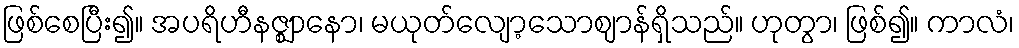
ဖြစ်စေပြီး၍။ အပရိဟီနဇ္ဈာနော၊ မယုတ်လျော့သောဈာန်ရှိသည်။ ဟုတွာ၊ ဖြစ်၍။ ကာလံ၊